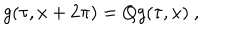
g ( \tau , x + 2 \pi ) = Q g ( \tau , x ) ~ ,